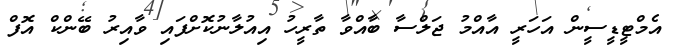
އެމްޓީޑީސީން އަހަރީ އާއްމު ޖަލްސާ ބާއްވާ ތާރީހު އިއުލާނުކޮށްފައި ވާއިރު ބޭންކް އޮފް